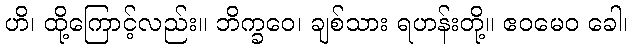
ဟိ၊ ထို့ကြောင့်လည်း။ ဘိက္ခဝေ၊ ချစ်သား ရဟန်းတို့။ ဧဝမေဝ ခေါ၊